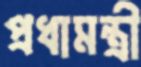
প্রধামন্ত্রী